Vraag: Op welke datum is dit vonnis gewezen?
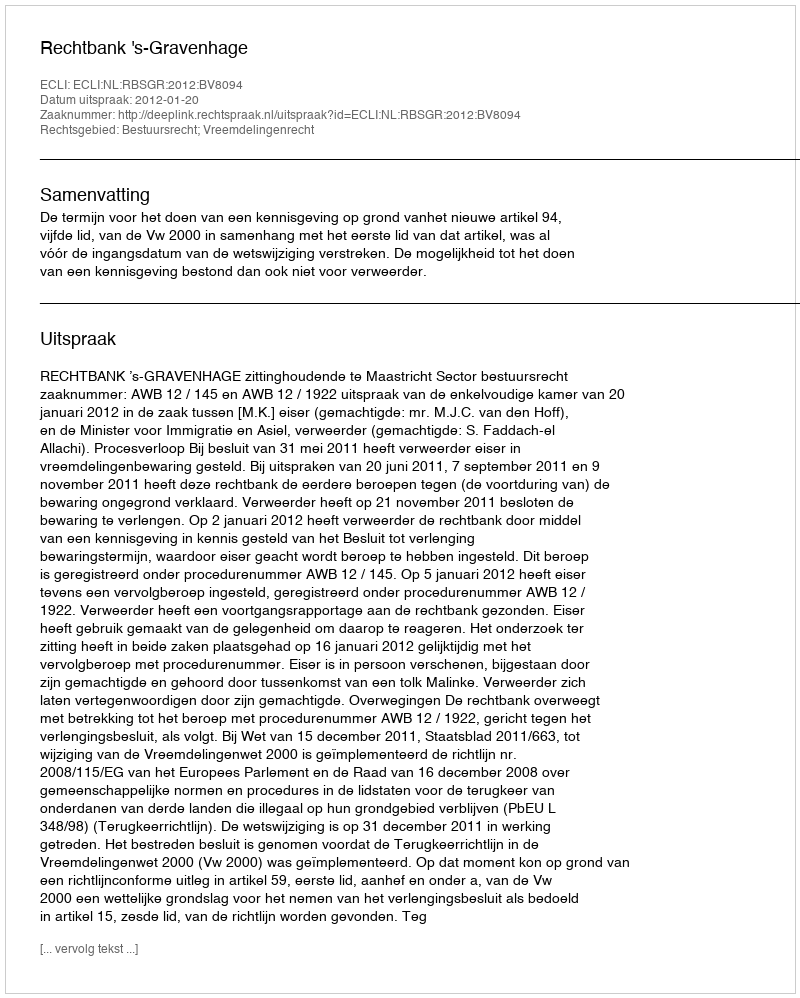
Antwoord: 2012-01-20